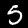
Label: 5